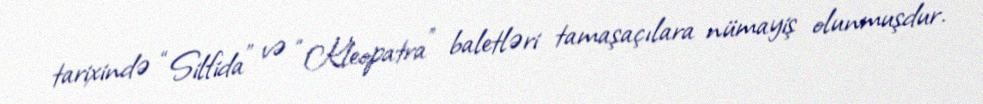
tarixində “Silfida” və “Kleopatra” baletləri tamaşaçılara nümayiş olunmuşdur.